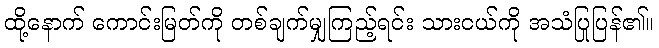
ထို့နောက် ကောင်းမြတ်ကို တစ်ချက်မျှကြည့်ရင်း သားငယ်ကို အသံပြုပြန်၏။